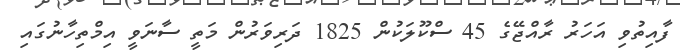
ފާއިތުވި އަހަރު ރާއްޖޭގެ 45 ސްކޫލަކުން 1825 ދަރިވަރުން މަތީ ސާނަވީ އިމްތިހާނުގައި